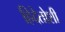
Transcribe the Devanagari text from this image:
हिदेतोशी